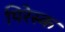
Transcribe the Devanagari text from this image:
पिरेस्क